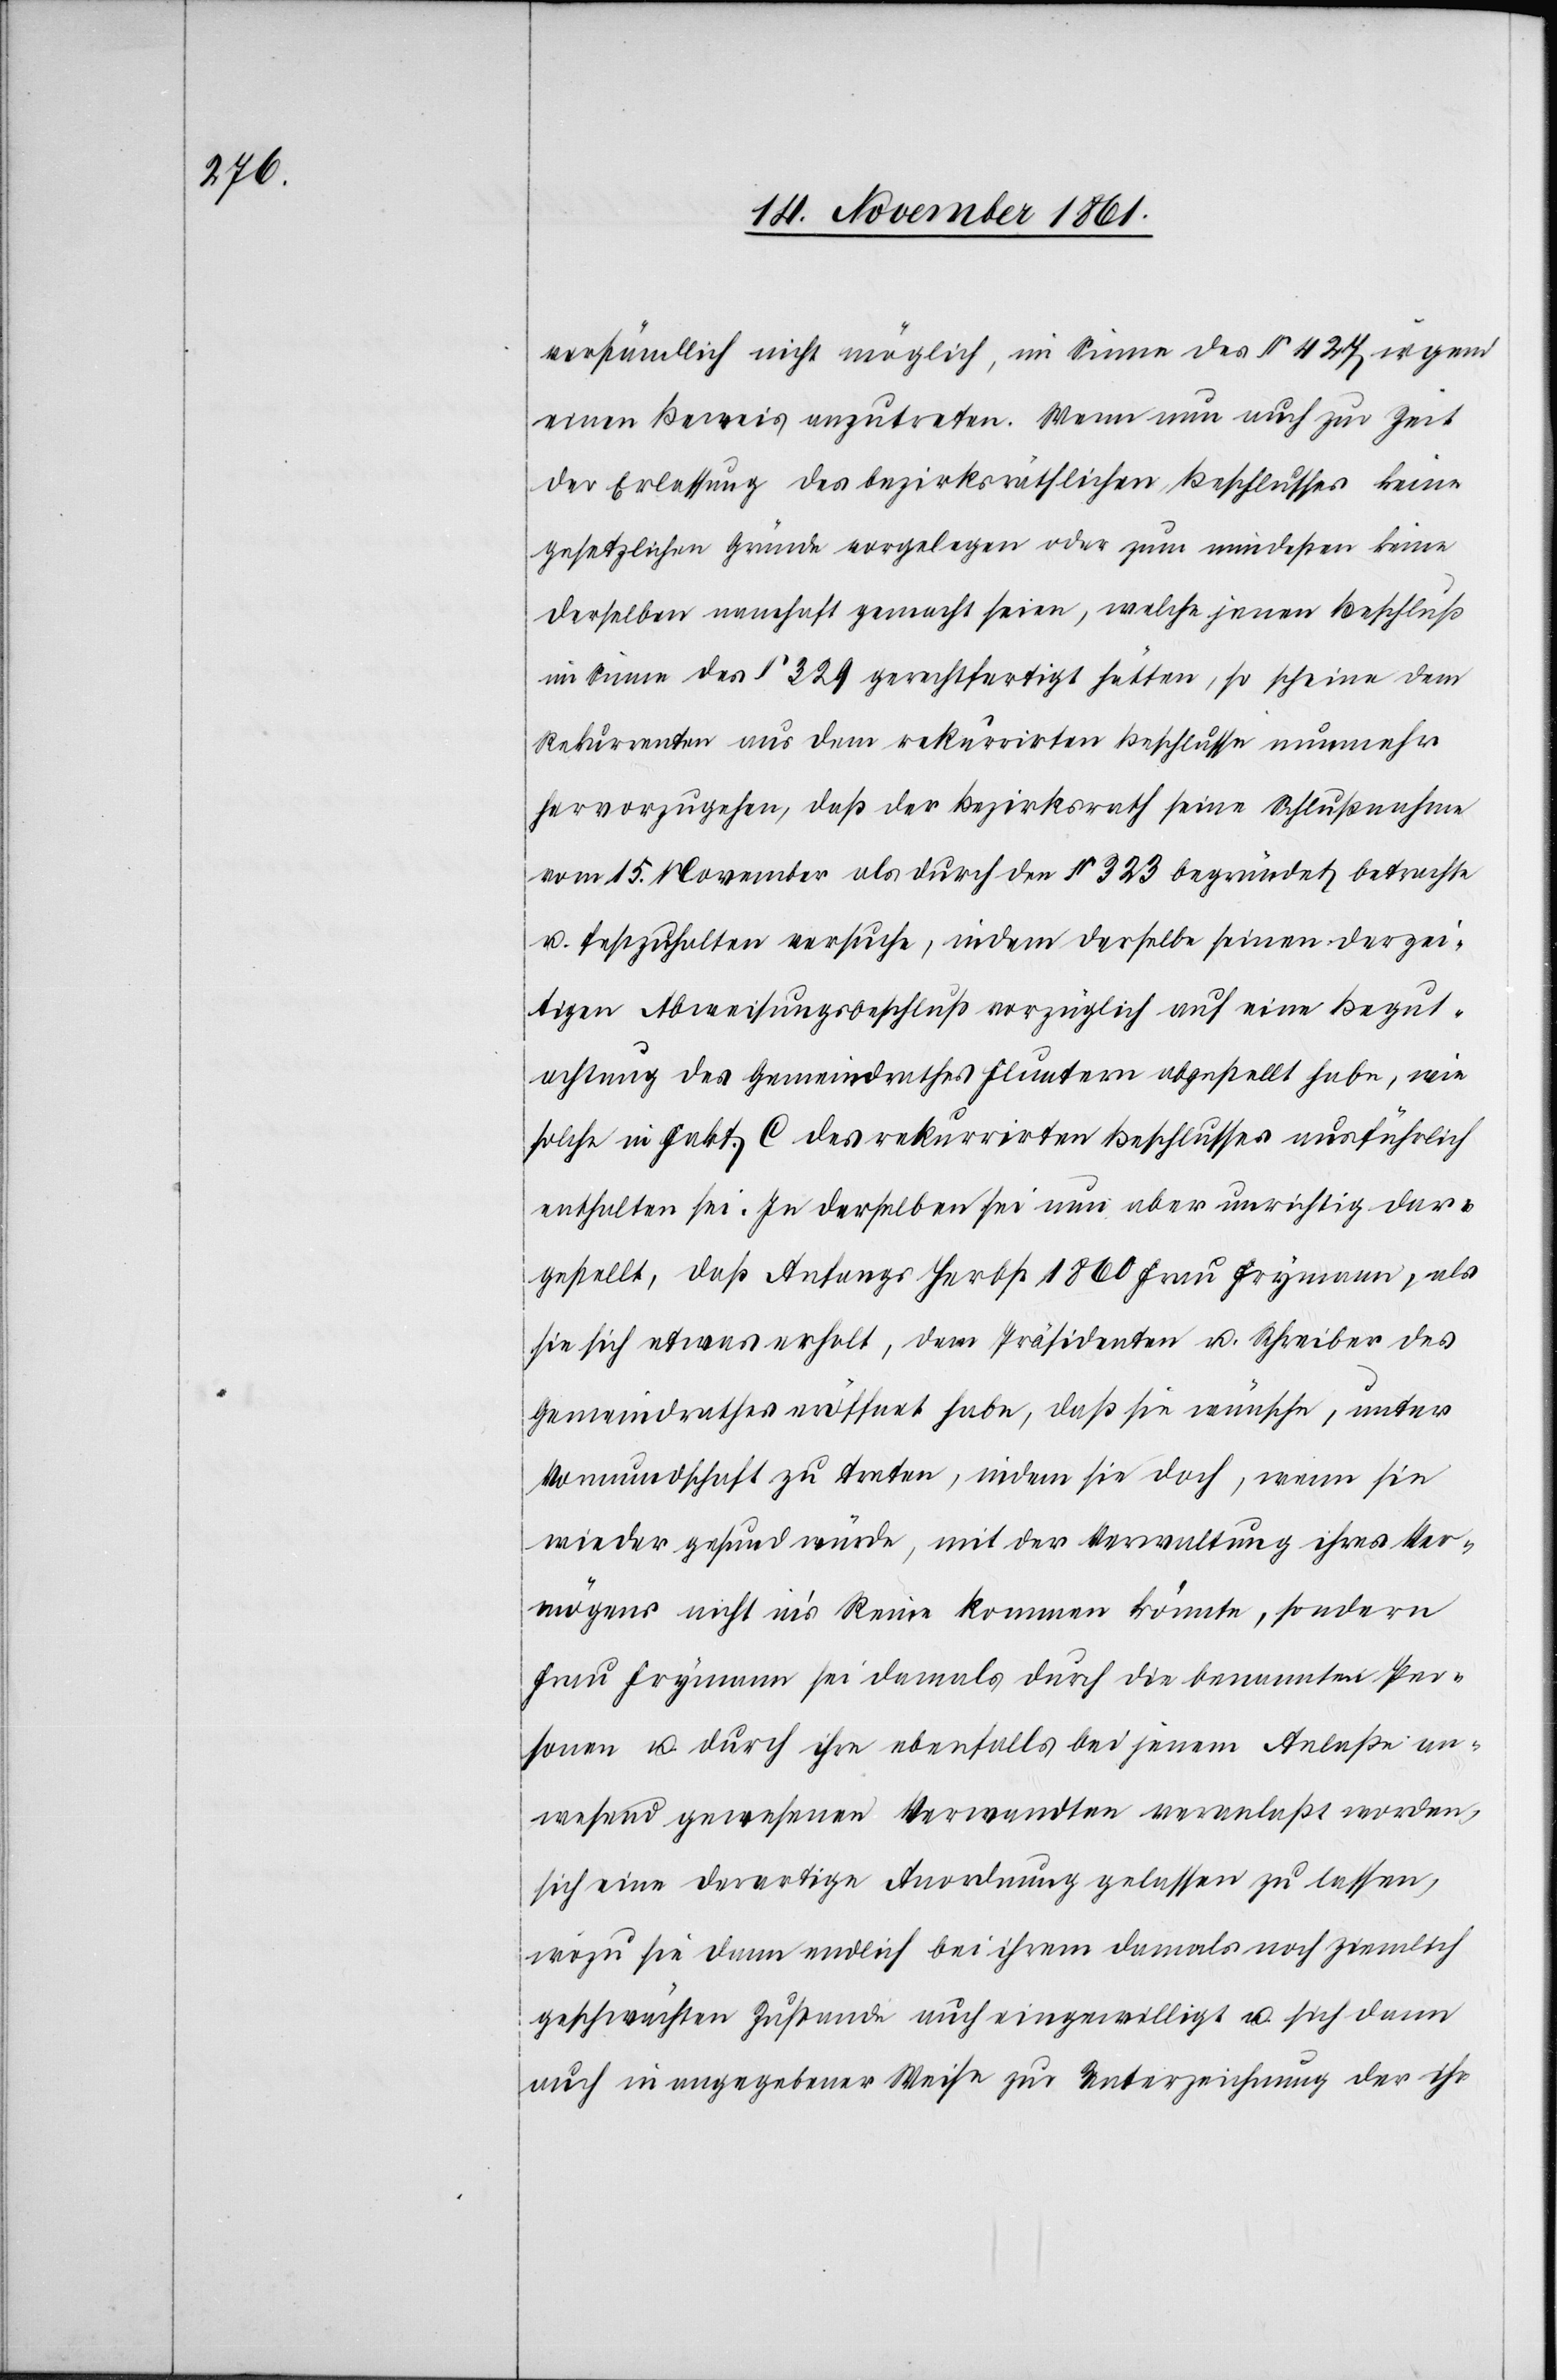
verständlich nicht möglich, im Sinne des § 427 irgend
einen Beweis anzutreten. Wenn nun auch zur Zeit
der Erlassung des bezirksräthlichen Beschlusses keine
gesetzlichen Gründe vorzulegen oder zum mindesten keine
derselben namhaft gemacht seien, welche jenen Beschluß
im Sinne des § 329 gerechtfertigt hätten, so scheine dem
Rekurrenten aus dem rekurrirten Beschlusse nunmehr
hervorzugehen, daß der Bezirksrath seine Schlußnahme
vom 15 November als durch den § 323 begründet betrachte
u. festzuhalten versuche, indem derselbe seinen derzei¬
tigen Abweisungsbeschluß vorzüglich auf eine Begut¬
achtung des Gemeindrathes Fluntern abgestellt habe, wie
solche in Fakt. C. des rekurrirten Beschlusses ausführlich
enthalten sei. In derselben sei nun aber unrichtig dar¬
gestellt, daß Anfangs Herbst 1860 Frau Frymann, als
sie sich etwas erholt, dem Präsidenten u. Schreiber des
Gemeindrathes eröffnet habe, daß sie wünsche, unter
Vormundschaft zu treten, indem sie doch, wenn sie
wieder gesund würde, mit der Verwaltung ihres Ver¬
mögens nicht in’s Reine kommen könnte, sondern
Frau Frymann sei damals durch die benannten Per¬
sonen u. durch ihre ebenfalls bei jenem Anlaße an¬
wesend gewesene Verwandten veranlaßt worden,
sich eine derartige Anordnung gelassen [sic!] zu lassen,
wozu sie dann endlich bei ihrem damals noch ziemlich
geschwächten Zustande auch eingewilligt u. sich dann
auch in angegebener Weise zur Unterziehung der ihr